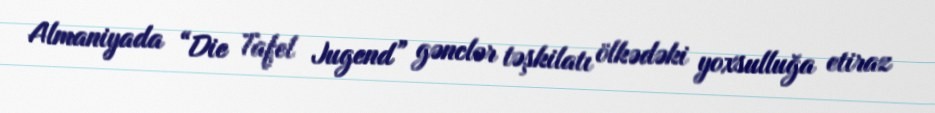
Almaniyada “Die Tafel Jugend” gənclər təşkilatı ölkədəki yoxsulluğa etiraz